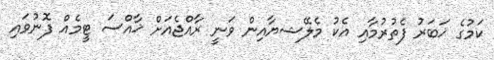
ކަމުގެ ޚަބަރު ފެތުރުމާއި އެކު މެލޭޝޔާއިން ވަނީ ރާއްޖެއަށް ޚާއްސަ ޓީމެއް ފޮނުވައި